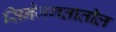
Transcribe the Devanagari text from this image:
सिनेजगतातील